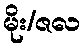
မိုး/ဇလ